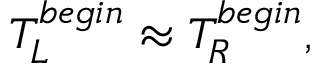
T _ { L } ^ { b e g i n } \approx T _ { R } ^ { b e g i n } ,